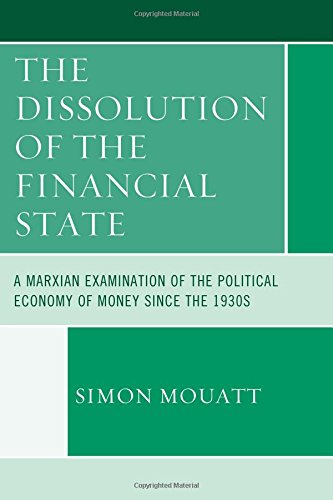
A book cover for The Dissolution of the Financial State: A Marxian Examination of the Political Economy of Money Since the 1930s (Heterodox Studies in the Critique of Political Economy); Simon Mouatt; Business & Money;